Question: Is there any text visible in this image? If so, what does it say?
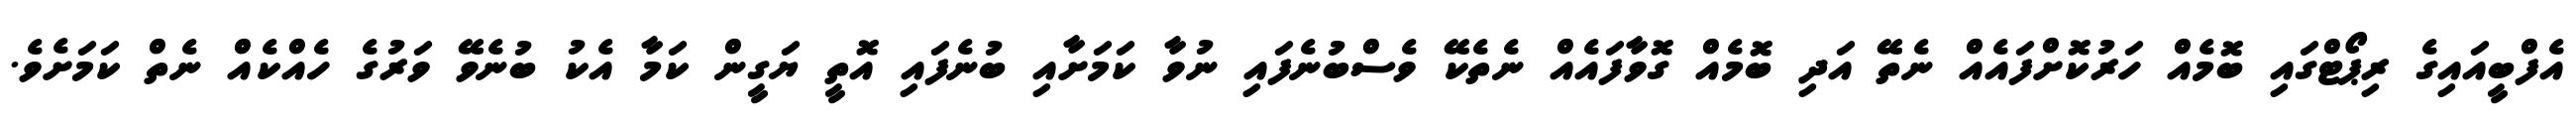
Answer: އެފްބީއައިގެ ރިޕޯޓްގައި ބޮމެއް ހަރުކޮށްފައެއް ނެތޭ އަދި ބޮމެއް ގޮވާފައެއް ނެތެކޭ ވެސްބުނެފައި ނުވާ ކަމަށާއި ބުނެފައި އޮތީ ޔަގީން ކަމާ އެކު ބުނެވޭ ވަރުގެ ހެއްކެއް ނެތް ކަމަށެވެ.